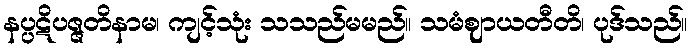
နပ္ပဋိပဇ္ဇတိနာမ၊ ကျင့်သုံး သသည်မမည်။ သမံဈာယတီတိ၊ ပုဒ်သည်။